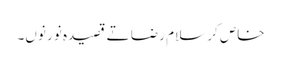
خاص کر سلام رضا تے قصیدہ نور نو‏ں۔